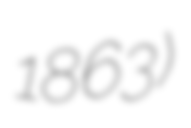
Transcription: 1863)